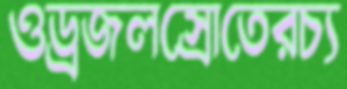
ওড্রজলস্রোতেরচ্য